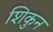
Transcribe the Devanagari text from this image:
शिकुन